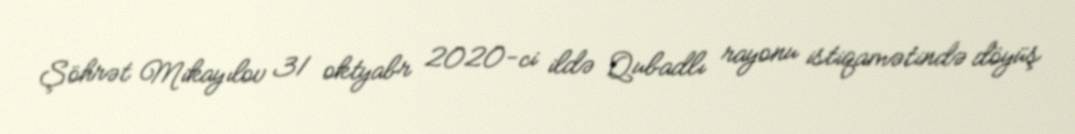
Şöhrət Mikayılov 31 oktyabr 2020-ci ildə Qubadlı rayonu istiqamətində döyüş